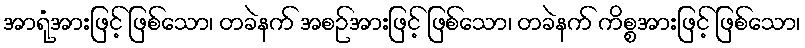
အာရုံအားဖြင့် ဖြစ်သော၊ တခဲနက် အစဉ်အားဖြင့် ဖြစ်သော၊ တခဲနက် ကိစ္စအားဖြင့် ဖြစ်သော၊